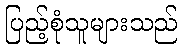
ပြည့်စုံသူများသည်